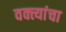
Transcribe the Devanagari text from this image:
वक्त्यांचा